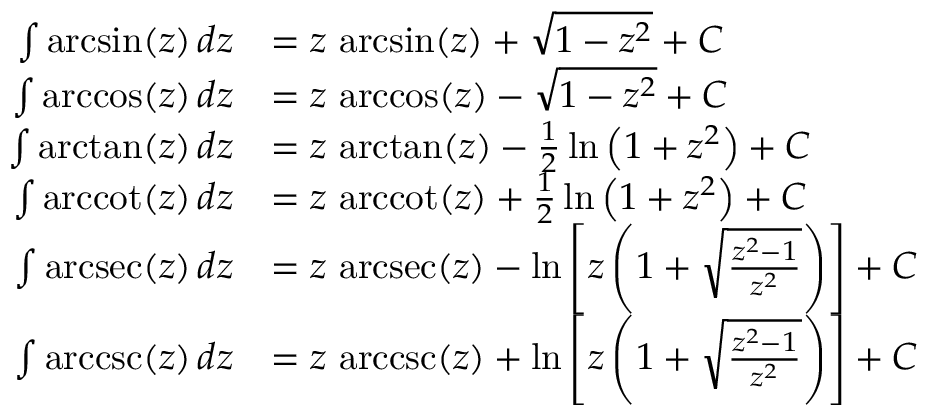
{ \begin{array} { r l } { \int \arcsin ( z ) \, d z } & { = z \, \arcsin ( z ) + { \sqrt { 1 - z ^ { 2 } } } + C } \\ { \int \operatorname { a r c c o s } ( z ) \, d z } & { = z \, \operatorname { a r c c o s } ( z ) - { \sqrt { 1 - z ^ { 2 } } } + C } \\ { \int \arctan ( z ) \, d z } & { = z \, \arctan ( z ) - { \frac { 1 } { 2 } } \ln \left( 1 + z ^ { 2 } \right) + C } \\ { \int \operatorname { a r c c o t } ( z ) \, d z } & { = z \, \operatorname { a r c c o t } ( z ) + { \frac { 1 } { 2 } } \ln \left( 1 + z ^ { 2 } \right) + C } \\ { \int \operatorname { a r c s e c } ( z ) \, d z } & { = z \, \operatorname { a r c s e c } ( z ) - \ln \left[ z \left( 1 + { \sqrt { \frac { z ^ { 2 } - 1 } { z ^ { 2 } } } } \right) \right] + C } \\ { \int \operatorname { a r c c s c } ( z ) \, d z } & { = z \, \operatorname { a r c c s c } ( z ) + \ln \left[ z \left( 1 + { \sqrt { \frac { z ^ { 2 } - 1 } { z ^ { 2 } } } } \right) \right] + C } \end{array} }